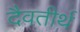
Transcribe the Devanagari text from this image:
दैवतीर्थ